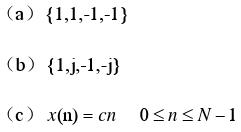
\begin{itemize}
\item[(a)] $\{1,1,-1,-1\}$
\item[(b)] $\{1,j,-1,-j\}$
\item[(c)] $x(n)=cn\quad 0\leq n\leq N - 1$
\end{itemize}